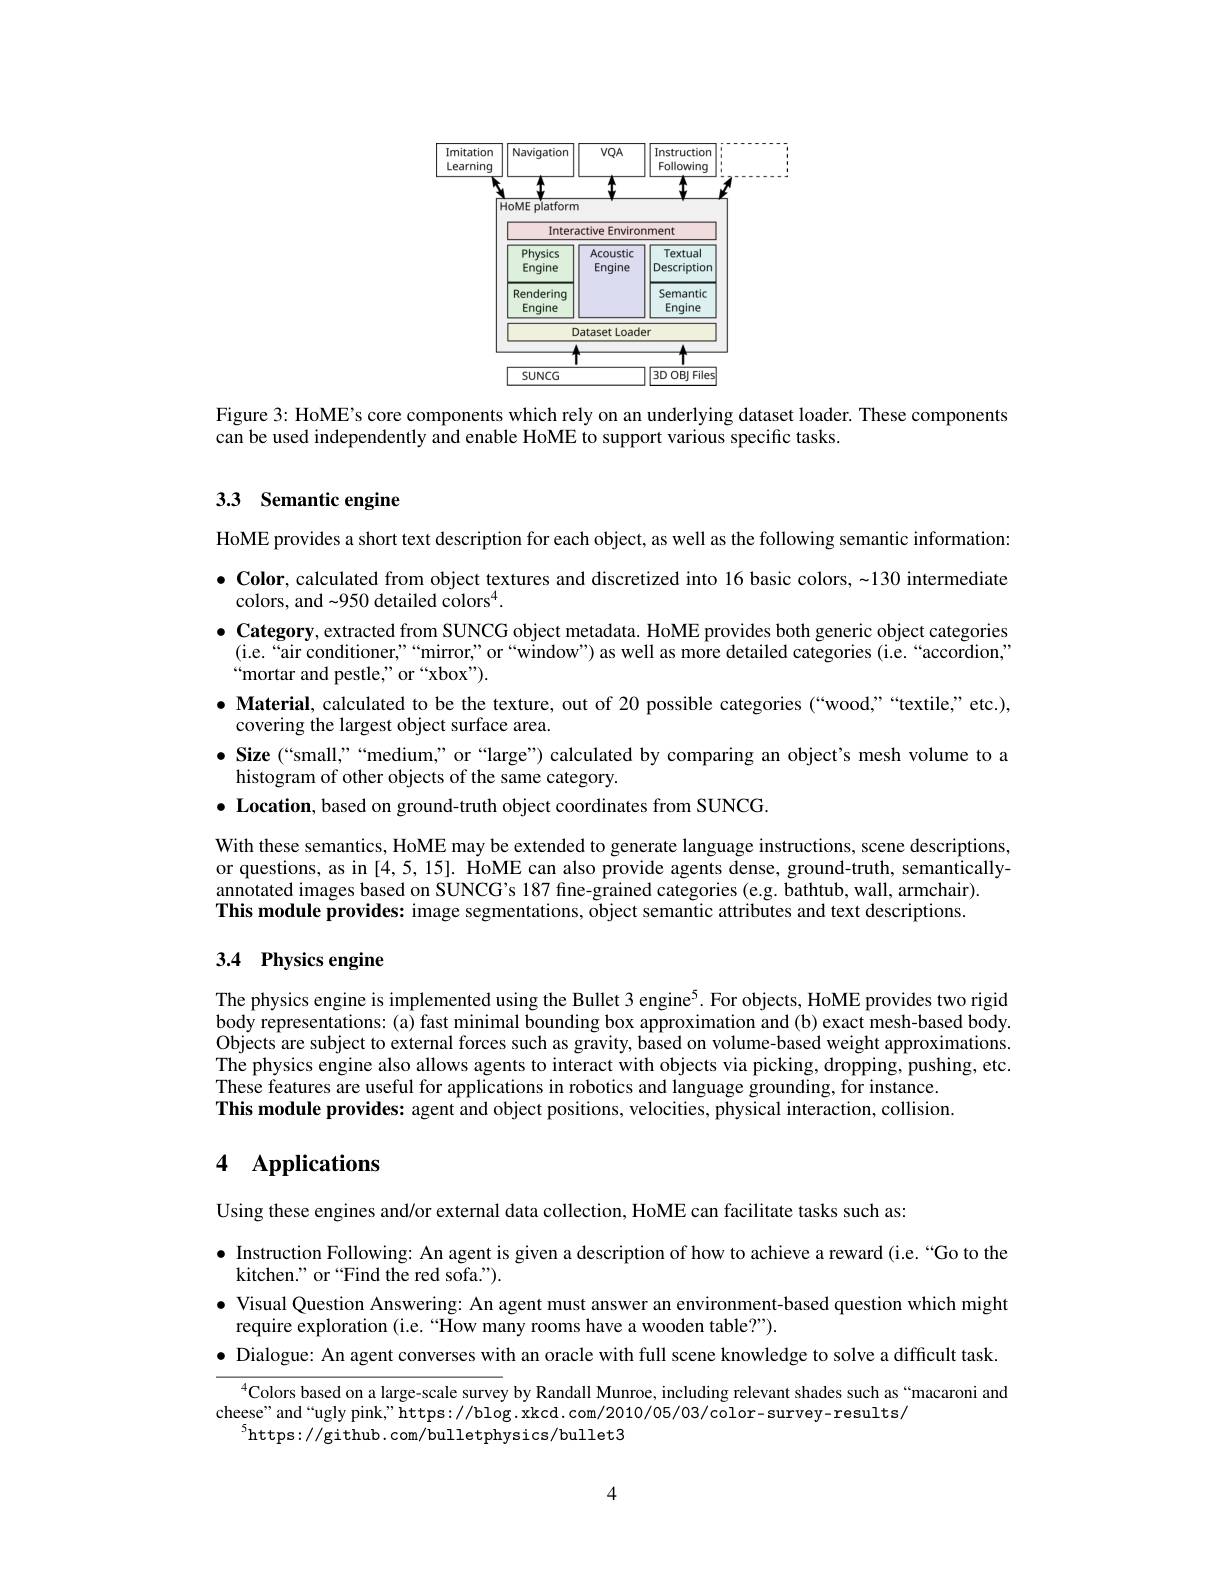
<FigureHere>

Figure 3: HoME's core components which rely on an underlying dataset loader. These components
can be used independently and enable HoME to support various specific tasks.

## 3.3 Semantic engine

HoME provides a short text description for each object, as well as the following semantic information: $\bullet \textbf{ Color, calculated from object textures and discretized into 16 basic colors, - 130 intermediate}$
colors, and -950 detailed colors$^{4}.$
$\bullet$ Category, extracted from SUNCG object metadata. HoME provides both generic object categories
(i.e.“air conditioner,”“mirror" or“window”) as well as more detailed categories (i.e.“accordion,”
$“$mortar and pestle," or “xbox”).
$\bullet$ Material, calculated to be the texture, out of 20 possible categories (“wood,”“textile,”etc.),
covering the largest object surface area.
$\bullet$ Size (“small,”“medium,” or“large”) calculated by comparing an object's mesh volume to a
histogram of other objects of the same category.
$\bullet \textbf{ Location, based on ground- truth object coordinates from SUNCG. }$

With these semantics, HoME may be extended to generate language instructions, scene descriptions, or questions, as in [4,5,15]. HoME can also provide agents dense, ground-truth, semanticallyannotated images based on SUNCG's 187 fine-grained categories (e.g. bathtub, wall, armchair). This module provides: image segmentations, object semantic attributes and text descriptions.

## 3.4 Physics engine

The physics engine is implemented using the Bullet 3 engine$^{5}$. For objects, HoME provides two rigid body representations: (a) fast minimal bounding box approximation and (b) exact mesh-based body. Objects are subject to external forces such as gravity, based on volume-based weight approximations. The physics engine also allows agents to interact with objects via picking, dropping, pushing, etc. These features are useful for applications in robotics and language grounding, for instance This module provides: agent and object positions, velocities, physical interaction, collision.

# 4 Applications

Using these engines and/or external data collection, HoME can facilitate tasks such as:
$\bullet$ Instruction Following: An agent is given a description of how to achieve a reward (i.e.“Go to the
kitchen." or “Find the red sofa.”).
$\bullet$ Visual Question Answering: An agent must answer an environment-based question which might
require exploration (i.e.“How many rooms have a wooden table?”).
$\bullet$ Dialogue: An agent converses with an oracle with full scene knowledge to solve a difficult task.

$^{4}$Colors based on a large-scale survey by Randall Munroe, including relevant shades such as“macaroni and
cheese" and“ugly pink,”https://blog.xkcd.com/2010/05/03/color-survey-results/
$^{5}$https://github.com/bulletphysics/bullet3

4